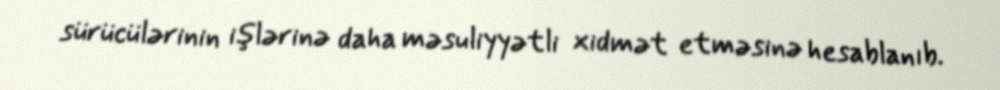
sürücülərinin işlərinə daha məsuliyyətli xidmət etməsinə hesablanıb.